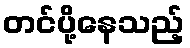
တင်ပို့နေသည့်